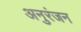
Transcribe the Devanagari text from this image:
अनुरंजन